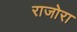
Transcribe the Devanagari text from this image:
राजोरा